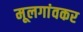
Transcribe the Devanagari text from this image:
मूलगांवकर